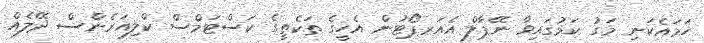
ހަމައެކަނި މަގު ކަމުގައިވާ ނޭޕާލް އެއަރޕޯޓުން އެހީގެ ތަކެތީގެ ކަސްޓަމްސް ކްލިއަރެންސް ދޭލެއް